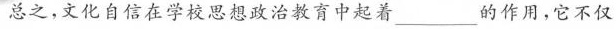
总之，文化自信在学校思想政治教育中起着__________的作用，它不仅